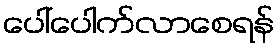
ပေါ်ပေါက်လာစေရန်